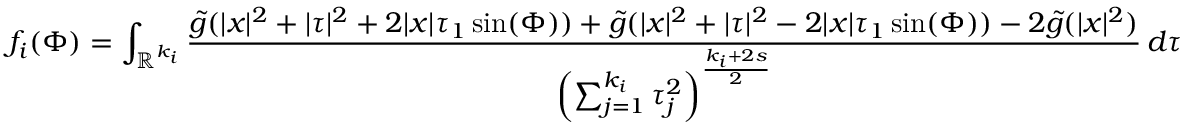
f _ { i } ( \Phi ) = \int _ { \mathbb { R } ^ { k _ { i } } } \frac { \tilde { g } ( | x | ^ { 2 } + | \tau | ^ { 2 } + 2 | x | \tau _ { 1 } \sin ( \Phi ) ) + \tilde { g } ( | x | ^ { 2 } + | \tau | ^ { 2 } - 2 | x | \tau _ { 1 } \sin ( \Phi ) ) - 2 \tilde { g } ( | x | ^ { 2 } ) } { \left( \sum _ { j = 1 } ^ { k _ { i } } \tau _ { j } ^ { 2 } \right) ^ { \frac { k _ { i } + 2 s } { 2 } } } \, d \tau